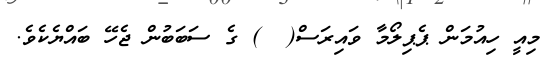
މިއީ ހިއުމަން ޕެޕިލޯމާ ވައިރަސް(  ) ގެ ސަބަބުން ޖެހޭ ބައްޔެކެވެ.